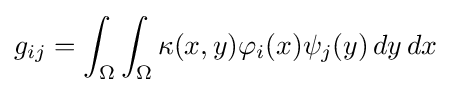
g_{ij}=\int _{\Omega }\int _{\Omega }\kappa (x,y)\varphi _{i}(x)\psi _{j}(y)\,dy\,dx